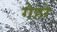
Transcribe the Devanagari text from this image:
गेहरे